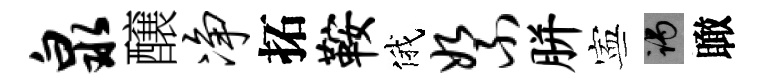
泉醸净拓鞍俄絮胼寕谒瞰